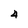
Character: 4